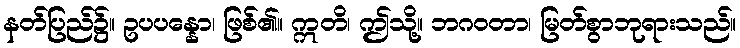
နတ်ပြည်၌။ ဥပပန္နော၊ ဖြစ်၏။ ဣတိ၊ ဤသို့။ ဘဂဝတာ၊ မြတ်စွာဘုရားသည်။